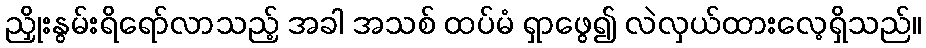
ညှိုးနွမ်းရိရော်လာသည့် အခါ အသစ် ထပ်မံ ရှာဖွေ၍ လဲလှယ်ထားလေ့ရှိသည်။